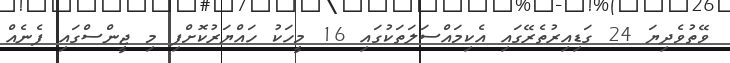
ވޭތުވެދިޔަ 24 ގަޑިއިރުތެރޭގައި އެކިމައްސަލަތަކުގައި 16 މީހަކު ހައްޔަރުކޮށްފި މި ޖީންސްގައި ފެނެއް